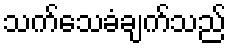
သက်သေခံချက်သည်